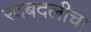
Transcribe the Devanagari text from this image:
रदबदलीचा